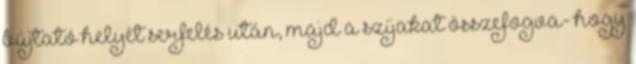
bújtató helyét serfelés után, majd a szíjakat összefogva- hogy